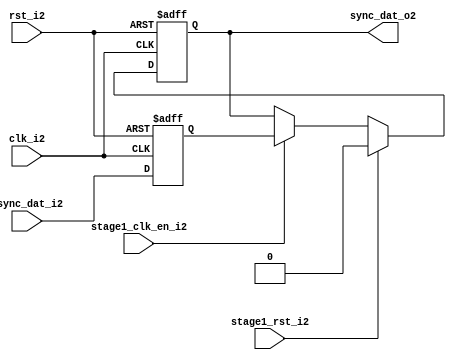
module uart_sync_flops2
(
  // internal signals2
  rst_i2,
  clk_i2,
  stage1_rst_i2,
  stage1_clk_en_i2,
  async_dat_i2,
  sync_dat_o2
);

parameter Tp2            = 1;
parameter width         = 1;
parameter init_value2    = 1'b0;

input                           rst_i2;                  // reset input
input                           clk_i2;                  // clock2 input
input                           stage1_rst_i2;           // synchronous2 reset for stage2 1 FF2
input                           stage1_clk_en_i2;        // synchronous2 clock2 enable for stage2 1 FF2
input   [width-1:0]             async_dat_i2;            // asynchronous2 data input
output  [width-1:0]             sync_dat_o2;             // synchronous2 data output


//
// Interal2 signal2 declarations2
//

reg     [width-1:0]             sync_dat_o2;
reg     [width-1:0]             flop_02;


// first stage2
always @ (posedge clk_i2 or posedge rst_i2)
begin
    if (rst_i2)
        flop_02 <= #Tp2 {width{init_value2}};
    else
        flop_02 <= #Tp2 async_dat_i2;    
end

// second stage2
always @ (posedge clk_i2 or posedge rst_i2)
begin
    if (rst_i2)
        sync_dat_o2 <= #Tp2 {width{init_value2}};
    else if (stage1_rst_i2)
        sync_dat_o2 <= #Tp2 {width{init_value2}};
    else if (stage1_clk_en_i2)
        sync_dat_o2 <= #Tp2 flop_02;       
end

endmodule